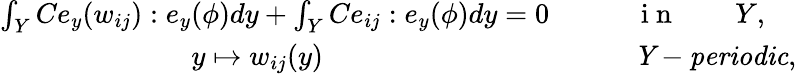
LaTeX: \begin{array}{rl}{\int_{Y}Ce_{y}(w_{ij}):e_{y}(\phi)d{y}+\int_{Y}Ce_{ij}:e_{y}(\phi)d{y}=0\qquad}&{{}\mathrm{~i~n~}\qquad Y,}\\ {y\mapsto w_{ij}({y})\qquad\qquad\qquad\qquad\qquad}&{{}\mathit{Y-periodic},}\end{array}